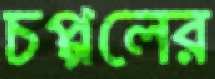
চপ্পলের